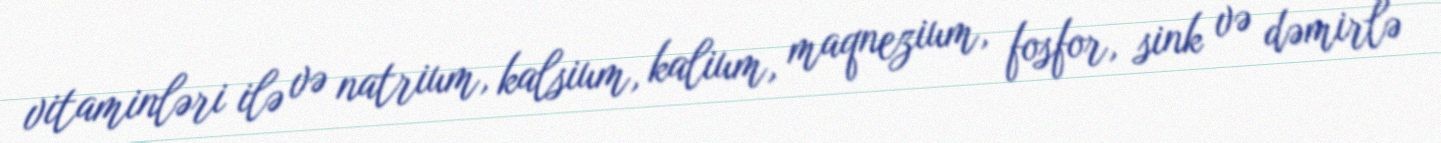
vitaminləri ilə və natrium, kalsium, kalium, maqnezium, fosfor, sink və dəmirlə